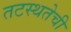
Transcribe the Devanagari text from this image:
तटस्थतेची